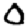
Digit: 0